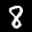
Label: 8